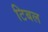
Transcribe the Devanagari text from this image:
टिबल